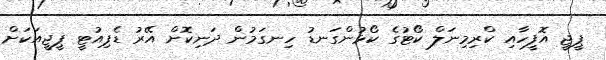
ޕީޖީ އޮފީހާއި ކްރިމިނަލް ކޯޓުގެ ކޯޅުންގަނޑު ހިނގަމުން ދަނިކޮށް އޭރު ޑެޕިއުޓީ ޕީޖީއަކަށް